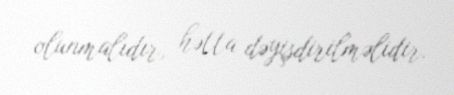
olunmalıdır, hətta dəyişdirilməlidir.